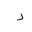
Letter: _dal